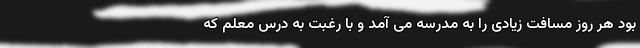
بود هر روز مسافت زیادی را به مدرسه می آمد و با رغبت به درس معلم که